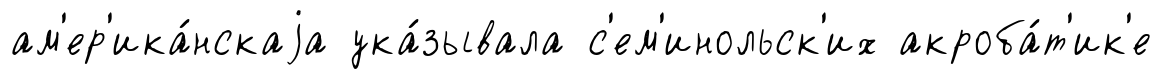
ам'ер'ика́нскаjа ука́зывала с'ем'инольск'их акроба́т'ик'е